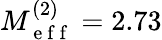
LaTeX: M_{\mathrm{~e~f~f~}}^{(2)}=2.73